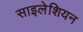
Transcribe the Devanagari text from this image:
साइलेशियन